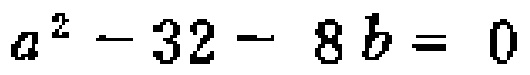
\(a^{2}-32 - 8b = 0\)